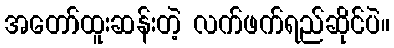
အတော်ထူးဆန်းတဲ့ လက်ဖက်ရည်ဆိုင်ပဲ။